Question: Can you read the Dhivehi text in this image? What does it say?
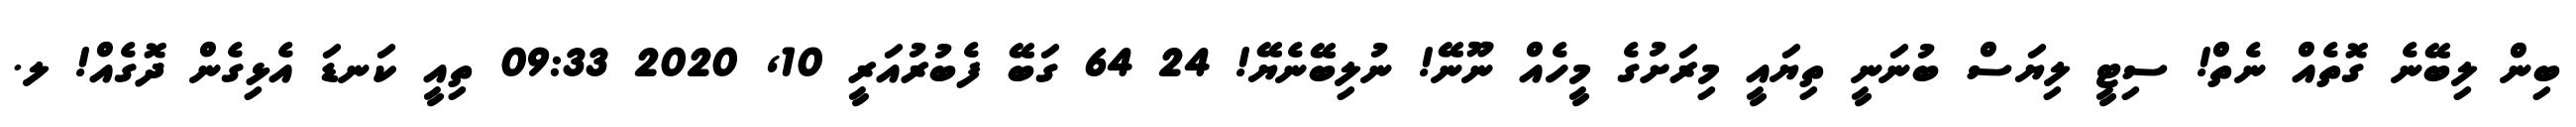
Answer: ބިން ލިބޭނެ ގޮތެއް ނެތް! ސިޓީ ލިޔަސް ބުނަނީ ތިޔައީ މިރަށުގެ މީހެއް ނޫނޭ! ނުލިބޭނެޔޭ! 24 64 ގަބޭ ފެބުރުއަރީ 10, 2020 09:33 ތިއީ ކަނޑަ އެޅިގެން ދޮގެއް! ލ.